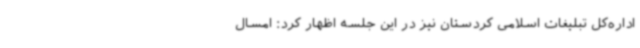
اداره‌کل تبلیغات اسلامی کردستان نیز در این جلسه اظهار کرد: امسال